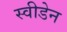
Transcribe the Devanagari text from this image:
स्‍वीडेन